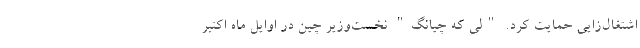
اشتغال‌زایی حمایت کرد. "لی که چيانگ" نخست‌وزیر چین در اوایل ماه اکتبر